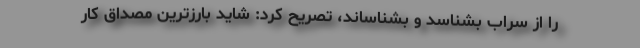
را از سراب بشناسد و بشناساند، تصریح کرد: شاید بارزترین مصداق کار